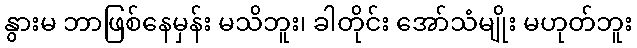
နွားမ ဘာဖြစ်နေမှန်း မသိဘူး၊ ခါတိုင်း အော်သံမျိုး မဟုတ်ဘူး